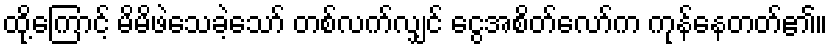
ထို့ကြောင့် မိမိဖဲသေခဲ့သော် တစ်လက်လျှင် ငွေအစိတ်လော်က ကုန်နေတတ်၏။